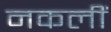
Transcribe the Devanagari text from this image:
नकलीं